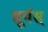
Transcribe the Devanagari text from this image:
सूर्यस्